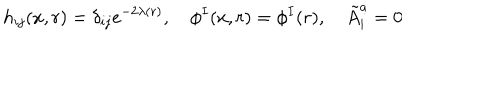
h _ { i j } ( x , r ) = \delta _ { i j } e ^ { - 2 \lambda ( r ) } , \hspace { 1 e m } \phi ^ { I } ( x , r ) = \phi ^ { I } ( r ) , \hspace { 1 e m } \tilde { A } _ { i } ^ { a } = 0